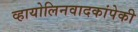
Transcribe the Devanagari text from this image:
व्हायोलिनवादकांपेकी